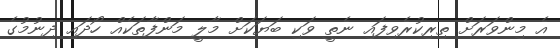
އެ މިންވަރަށް ތިރިކުރެވިފައި ނެތީ ވަކި ބަޔަކަށް މާލީ މަންފާތަކެއް ހޯދައި ދިނުމުގެ